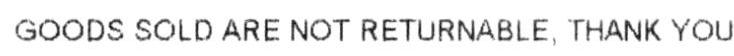
GOODS SOLD ARE NOT RETURNABLE, THANK YOU.